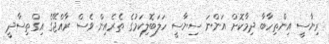
ރިޔާސީ އިންތިހާބާ ދިމާކޮށް އަންނަ ސިޔާސީ ހަލަބޮލިކަމުގެ ތެރެއިން ވެސް ރާއްޖޭގެ އިގްތިސާދީ